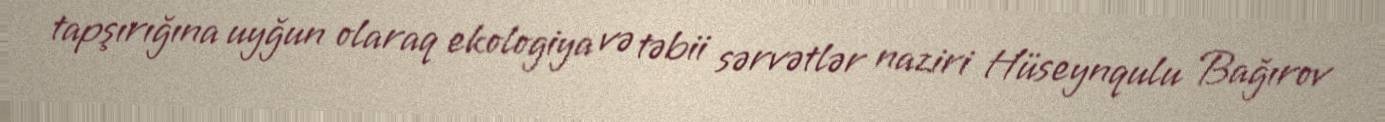
tapşırığına uyğun olaraq ekologiya və təbii sərvətlər naziri Hüseynqulu Bağırov